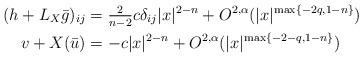
LaTeX: \begin{align*}(h + L_X\bar g)_{ij} &= \tfrac{2}{n-2} c\delta _{ij} |x|^{2-n} + O^{2,\alpha}(|x|^{\max\{-2q, 1-n \}})\\v + X(\bar u) &= -c |x|^{2-n} + O^{2,\alpha}(|x|^{\max\{-2-q, 1-n \}})\end{align*}